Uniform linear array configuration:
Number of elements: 12
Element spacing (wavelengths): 1
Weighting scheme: uniform
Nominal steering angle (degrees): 60
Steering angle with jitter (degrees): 59.64
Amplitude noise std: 0.05
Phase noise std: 0.05

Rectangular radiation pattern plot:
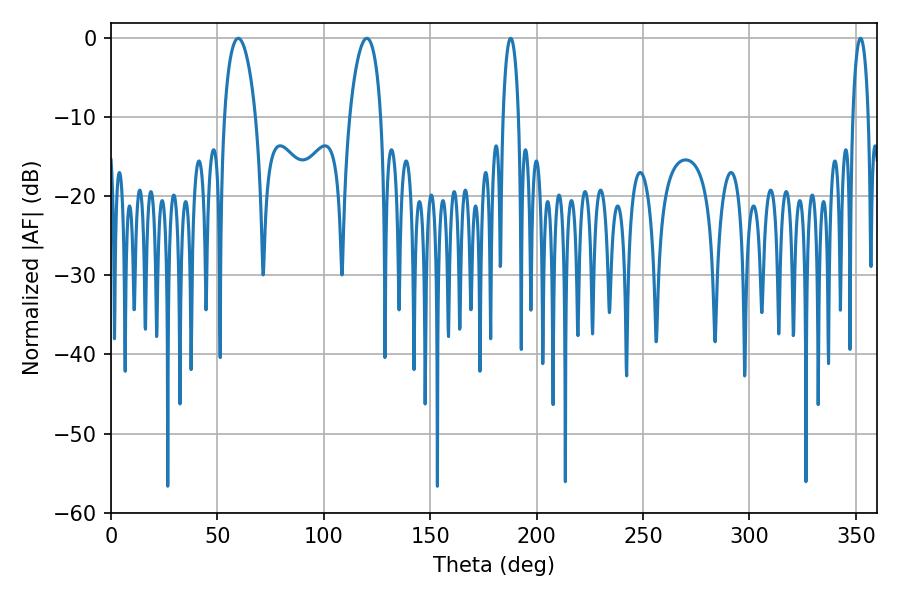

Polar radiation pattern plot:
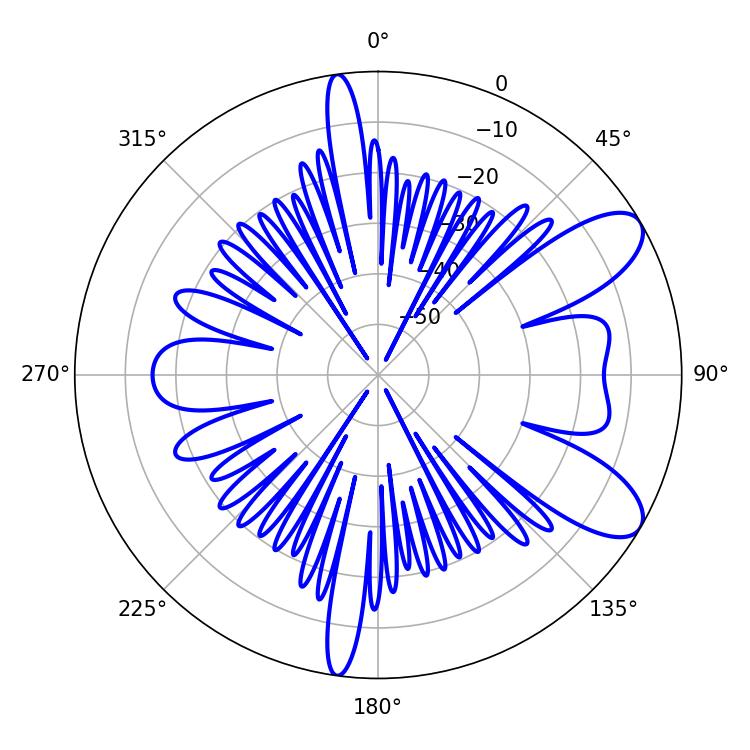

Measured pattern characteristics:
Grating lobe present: TRUE
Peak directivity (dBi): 8.961
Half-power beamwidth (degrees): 8.46
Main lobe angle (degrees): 59.76